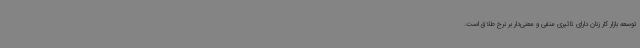
توسعه بازار کار زنان دارای تاثیری منفی و معنی‌دار بر نرخ طلاق است.